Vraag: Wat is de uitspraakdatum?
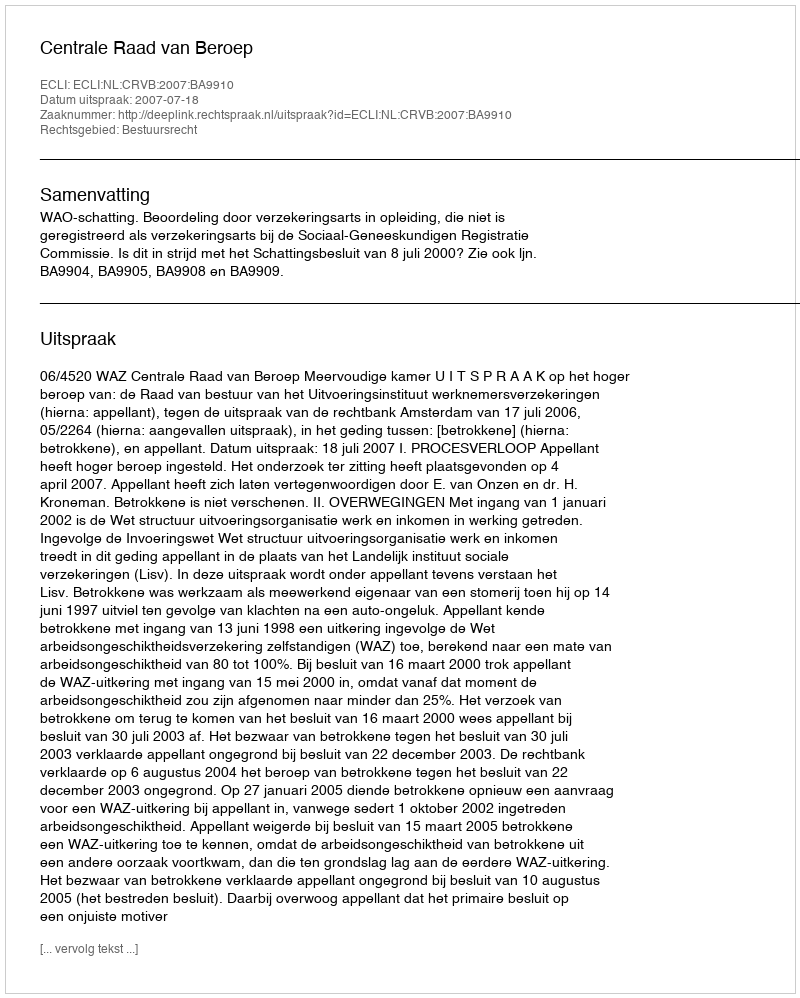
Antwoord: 2007-07-18